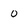
Character: o